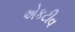
એકટીવ